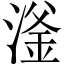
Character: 滏